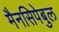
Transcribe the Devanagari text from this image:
मैनसिपेबुल